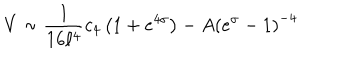
V \sim { \frac { 1 } { 1 6 \ell ^ { 4 } } } c _ { 4 } \left( 1 + e ^ { 4 \sigma } \right) - A \left( e ^ { \sigma } - 1 \right) ^ { - 4 }